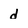
Character: d